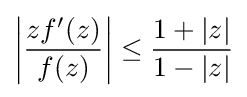
\left|{zf^{\prime }(z) \over f(z)}\right|\leq {1+|z| \over 1-|z|}